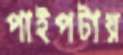
পাইপটায়